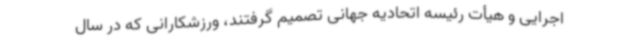
اجرایی و هیأت رئیسه اتحادیه جهانی تصمیم گرفتند، ورزشکارانی که در سال